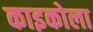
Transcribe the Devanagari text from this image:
काइकोला